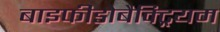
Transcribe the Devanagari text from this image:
बाइफीडोबैक्ट्रियम